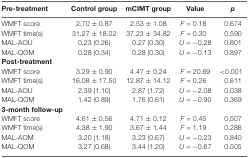
<table><thead><tr><td><b>Pre-treatment</b></td><td><b>Control group</b></td><td><b>mCIMT group</b></td><td><b>Value</b></td><td><b><i>p</i></b></td></tr></thead><tbody><tr><td>WMFT score</td><td>2.70 ± 0.87</td><td>2.53 ± 1.08</td><td><i>F</i> = 0.18</td><td>0.674</td></tr><tr><td>WMFT time(s)</td><td>31.27 ± 18.02</td><td>37.23 ± 34.82</td><td><i>F</i> = 0.30</td><td>0.590</td></tr><tr><td>MAL-AOU</td><td>0.23 (0.26)</td><td>0.27 (0.30)</td><td><i>U</i> = −0.28</td><td>0.801</td></tr><tr><td>MAL-QOM</td><td>0.28 (0.34)</td><td>0.28 (0.30)</td><td><i>U</i> = −0.13</td><td>0.897</td></tr><tr><td><b>Post-treatment</b></td><td></td><td></td><td></td><td></td></tr><tr><td>WMFT score</td><td>3.29 ± 0.90</td><td>4.47 ± 0.24</td><td><i>F</i> = 20.69</td><td>&lt;0.001</td></tr><tr><td>WMFT time(s)</td><td>16.08 ± 17.50</td><td>12.87 ± 14.12</td><td><i>F</i> = 0.26</td><td>0.611</td></tr><tr><td>MAL-AOU</td><td>2.39 (1.10)</td><td>2.87 (1.72)</td><td><i>U</i> = −2.08</td><td>0.038</td></tr><tr><td>MAL-QOM</td><td>1.42 (0.89)</td><td>1.76 (0.61)</td><td><i>U</i> = −0.90</td><td>0.369</td></tr><tr><td><b>3-month follow-up</b></td><td></td><td></td><td></td><td></td></tr><tr><td>WMFT score</td><td>4.61 ± 0.56</td><td>4.71 ± 0.12</td><td><i>F</i> = 0.45</td><td>0.507</td></tr><tr><td>WMFT time(s)</td><td>4.38 ± 1.90</td><td>3.67 ± 1.44</td><td><i>F</i> = 1.19</td><td>0.286</td></tr><tr><td>MAL-AOM</td><td>3.20 (1.18)</td><td>3.23 (0.67)</td><td><i>U</i> = −0.23</td><td>0.840</td></tr><tr><td>MAL-QOM</td><td>3.27 (0.68)</td><td>3.44 (1.20)</td><td><i>U</i> = −0.67</td><td>0.505</td></tr></tbody></table>